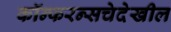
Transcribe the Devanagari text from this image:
कॉन्फरन्सचेदेखील